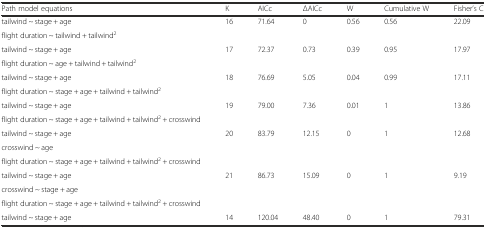
| Path model equations | K | AICc | ΔAICc | W | Cumulative W | Fisher’s C |
 | --- | --- | --- | --- | --- | --- | --- |
 | tailwind ~ stage + age | <ROWSPAN=2> 16 | <ROWSPAN=2> 71.64 | <ROWSPAN=2> 0 | <ROWSPAN=2> 0.56 | <ROWSPAN=2> 0.56 | <ROWSPAN=2> 22.09 |
 | flight duration ~ tailwind + tailwind2 |
 | tailwind ~ stage + age | <ROWSPAN=2> 17 | <ROWSPAN=2> 72.37 | <ROWSPAN=2> 0.73 | <ROWSPAN=2> 0.39 | <ROWSPAN=2> 0.95 | <ROWSPAN=2> 17.97 |
 | flight duration ~ age + tailwind + tailwind2 |
 | tailwind ~ stage + age | <ROWSPAN=2> 18 | <ROWSPAN=2> 76.69 | <ROWSPAN=2> 5.05 | <ROWSPAN=2> 0.04 | <ROWSPAN=2> 0.99 | <ROWSPAN=2> 17.11 |
 | flight duration ~ stage + age + tailwind + tailwind2 |
 | tailwind ~ stage + age | <ROWSPAN=2> 19 | <ROWSPAN=2> 79.00 | <ROWSPAN=2> 7.36 | <ROWSPAN=2> 0.01 | <ROWSPAN=2> 1 | <ROWSPAN=2> 13.86 |
 | flight duration ~ stage + age + tailwind + tailwind2 + crosswind |
 | tailwind ~ stage + age | <ROWSPAN=3> 20 | <ROWSPAN=3> 83.79 | <ROWSPAN=3> 12.15 | <ROWSPAN=3> 0 | <ROWSPAN=3> 1 | <ROWSPAN=3> 12.68 |
 | crosswind ~ age |
 | flight duration ~ stage + age + tailwind + tailwind2 + crosswind |
 | tailwind ~ stage + age | <ROWSPAN=3> 21 | <ROWSPAN=3> 86.73 | <ROWSPAN=3> 15.09 | <ROWSPAN=3> 0 | <ROWSPAN=3> 1 | <ROWSPAN=3> 9.19 |
 | crosswind ~ stage + age |
 | flight duration ~ stage + age + tailwind + tailwind2 + crosswind |
 | tailwind ~ stage + age | 14 | 120.04 | 48.40 | 0 | 1 | 79.31 |